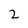
Character: 2